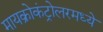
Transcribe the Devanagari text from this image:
मायक्रोकंट्रोलरमध्ये